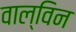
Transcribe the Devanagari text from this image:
वाल्विन